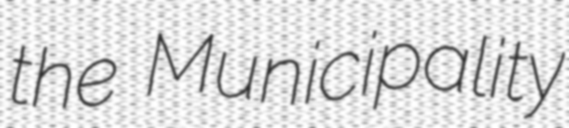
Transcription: the Municipality